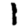
Digit: 1